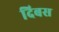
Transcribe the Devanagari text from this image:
दिबस